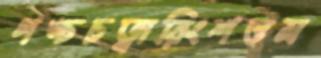
পঙ্চচত্বারিংশত্তম